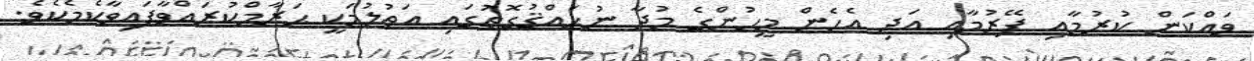
ވައްކަން ކުރުމާއި ފޭރުމާއި އަދި އެހެން މީހުންގެ މުދާ ނުޙައްޤުގޮތުގައި އަތުލުމަކީ ޙަރާމްކުރައްވާފައިވާކެމެކެވެ.